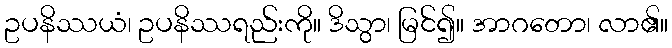
ဥပနိဿယံ၊ ဥပနိဿရည်းကို။ ဒိသွာ၊ မြင်၍။ အာဂတော၊ လာ၏။